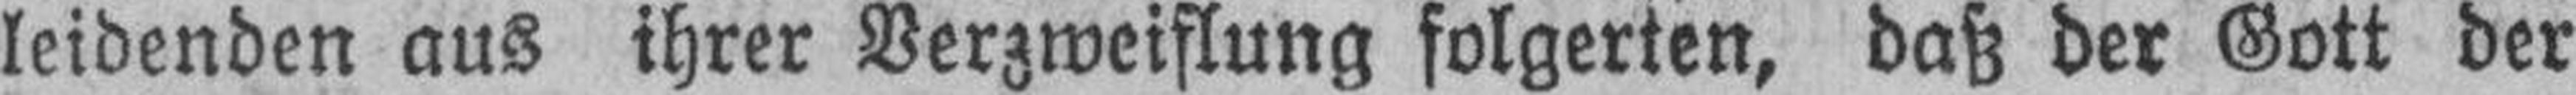
leidenden aus ihrer Verzweiflung folgerten, daß der Gott der